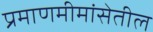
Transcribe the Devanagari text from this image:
प्रमाणमीमांसेतील